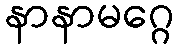
နာနာမဂ္ဂေ